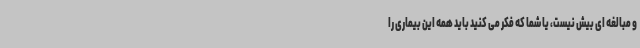
و مبالغه ای بیش نیست، یا شما که فکر می کنید باید همه این بیماری را